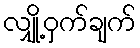
လျှို့ဝှက်ချက်